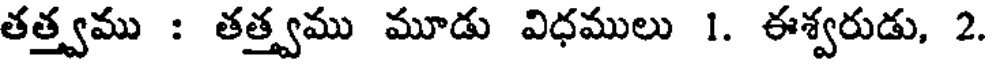
తత్త్వము : తత్త్వము మూడు విధములు 1. ఈశ్వరుడు, 2.